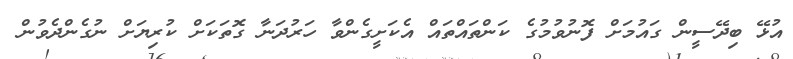
އުޅޭ ބިދޭސީން ގައުމަށް ފޮނުވުމުގެ ކަންތައްތައް އެކަށީގެންވާ ހަރުދަނާ ގޮތަކަށް ކުރިޔަށް ނުގެންދެވުން